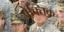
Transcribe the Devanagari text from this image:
वेक्तिक